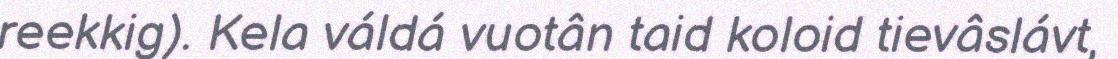
reekkig). Kela váldá vuotân taid koloid tievâslávt,